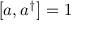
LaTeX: \left[ a , a ^ { \dagger } \right] = 1